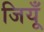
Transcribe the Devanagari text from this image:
जियूँ